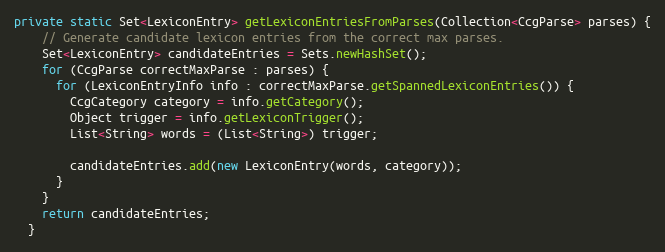
Language: Java
private static Set<LexiconEntry> getLexiconEntriesFromParses(Collection<CcgParse> parses) {
    // Generate candidate lexicon entries from the correct max parses.
    Set<LexiconEntry> candidateEntries = Sets.newHashSet();
    for (CcgParse correctMaxParse : parses) {
      for (LexiconEntryInfo info : correctMaxParse.getSpannedLexiconEntries()) {
        CcgCategory category = info.getCategory();
        Object trigger = info.getLexiconTrigger();
        List<String> words = (List<String>) trigger;

        candidateEntries.add(new LexiconEntry(words, category));
      }
    }
    return candidateEntries;
  }